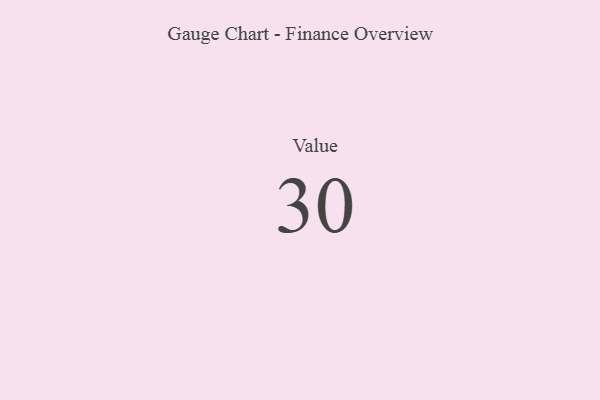
{"axis": {"x": "Metric", "y": "Value"}, "legend": [""], "data": [{"x": "Value", "y": 30, "type": ""}]}